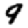
Digit: 9